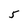
Character: 5